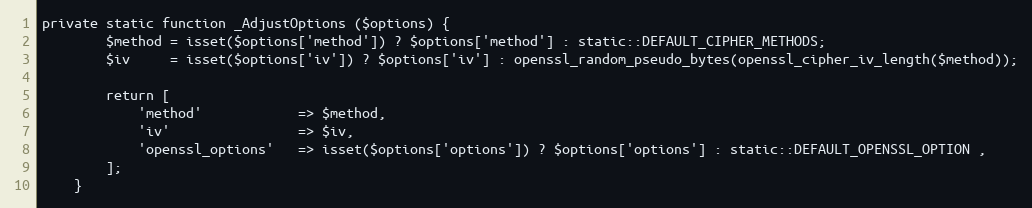
Language: PHP
private static function _AdjustOptions ($options) {
		$method	= isset($options['method']) ? $options['method'] : static::DEFAULT_CIPHER_METHODS;
		$iv		= isset($options['iv']) ? $options['iv'] : openssl_random_pseudo_bytes(openssl_cipher_iv_length($method));

		return [
			'method'			=> $method,
			'iv'				=> $iv,
			'openssl_options'	=> isset($options['options']) ? $options['options'] : static::DEFAULT_OPENSSL_OPTION ,
		];
	}